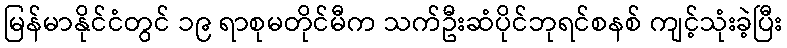
မြန်မာနိုင်ငံတွင် ၁၉ ရာစုမတိုင်မီက သက်ဦးဆံပိုင်ဘုရင်စနစ် ကျင့်သုံးခဲ့ပြီး